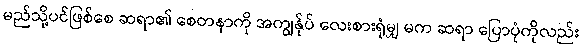
မည်သို့ပင်ဖြစ်စေ ဆရာ၏ စေတနာကို အကျွန်ုပ် လေးစားရုံမျှ မက ဆရာ ပြောပုံကိုလည်း